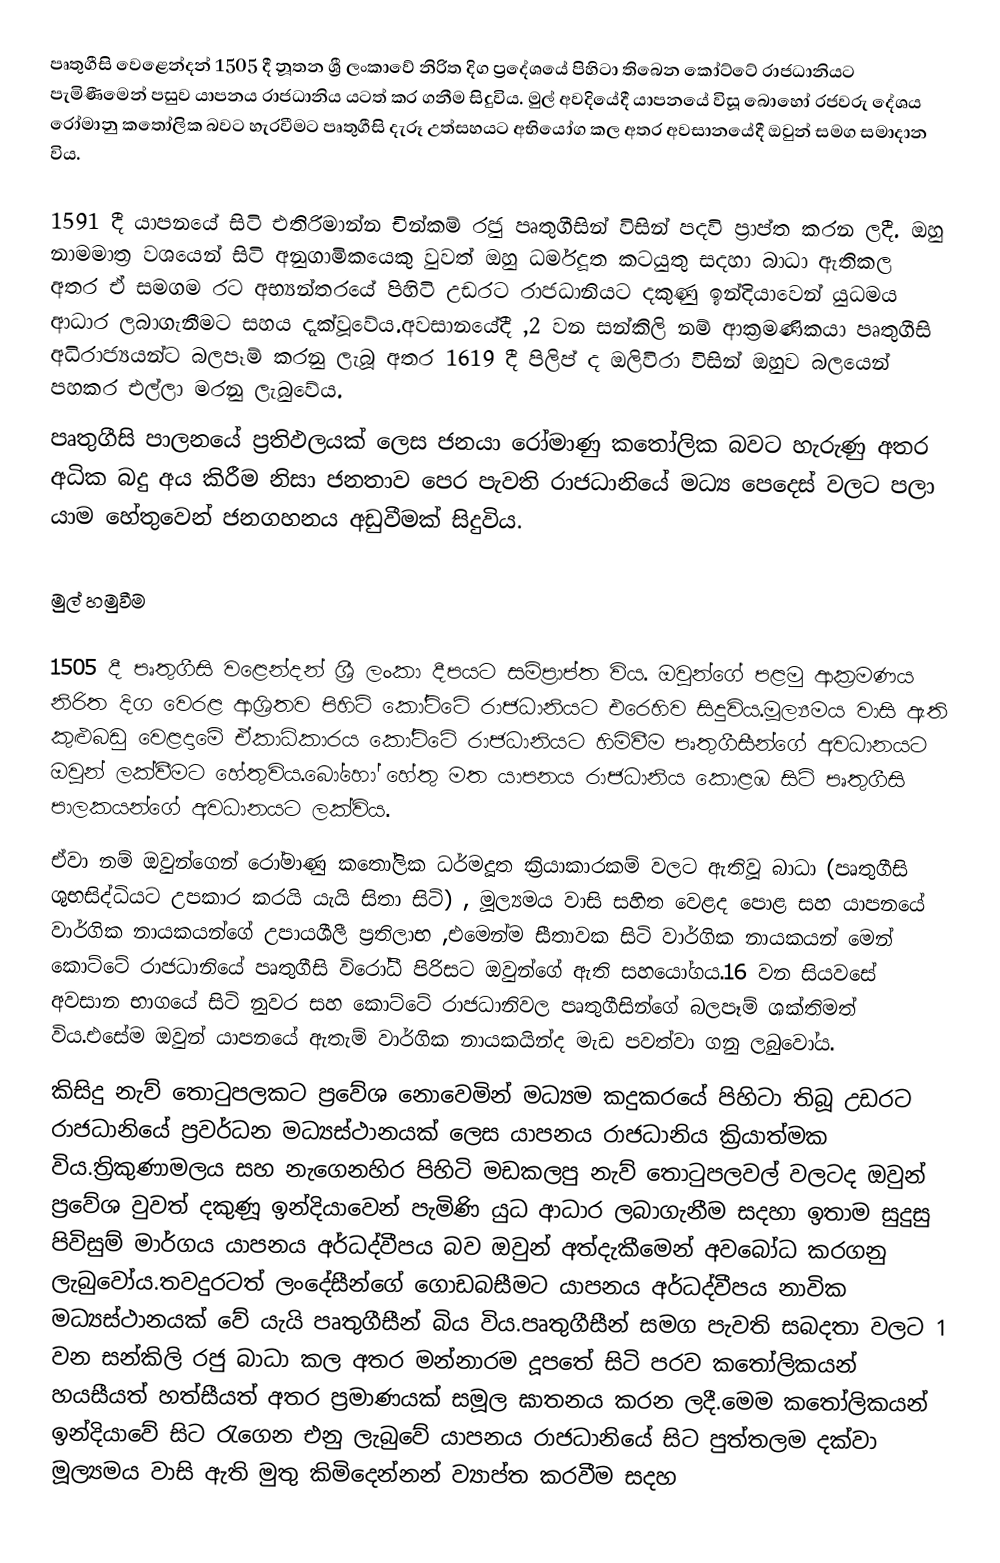
පෘතුගීසි  වෙළෙන්දන් 1505 දී නූතන ශ්‍රී  ලංකාවේ නිරිත දිග ප්‍රදේශයේ පිහිටා තිබෙන කෝට්ටේ රාජධානියට පැමිණීමෙන් පසුව යාපනය රාජධානිය  යටත් කර ගනීම සිදුවිය. මුල් අවදියේදී යාපනයේ විසූ බොහෝ රජවරු දේශය රෝමානු කතෝලික බවට හැරවීමට පෘතුගීසි දැරූ උත්සහයට අභියෝග කල අතර අවසානයේදී ඔවුන් සමග සමාදාන විය.

1591 දී යාපනයේ සිටි එතිරිමාන්න චින්කම් රජු පෘතුගීසින් විසින් පදවි ප්‍රාප්ත කරන ලදී. ඔහු නාමමාත්‍ර වශයෙන් සිටි අනුගාමිකයෙකු වුවත් ඔහු ධර්මදූත කටයුතු සදහා බාධා ඇතිකල අතර ඒ සමගම රට අභ්‍යන්තරයේ පිහිටි  උඩරට රාජධානියට දකුණු ඉන්දියාවෙන් යුධමය ආධාර ලබාගැනීමට සහය දැක්වූවේය.අවසානයේදී ,2 වන සන්කිලි නම් ආක්‍රමණිකයා  පෘතුගීසි අධිරාජ්‍යයන්ට බලපෑම් කරනු ලැබූ අතර 1619 දී පිලිප් ද ඔලිවිරා විසින් ඔහුව බලයෙන් පහකර එල්ලා මරනු ලැබුවේය.
පෘතුගීසි පාලනයේ ප්‍රතිඵලයක් ලෙස ජනයා රෝමාණු කතෝලික බවට හැරුණු අතර අධික බදු අය කිරීම නිසා ජනතාව පෙර පැවති රාජධානියේ මධ්‍ය පෙදෙස් වලට පලා යාම හේතුවෙන් ජනගහනය අඩුවීමක් සිදුවිය.

මුල් හමුවීම

1505 දී පෘතුගීසි වළෙන්දන් ශ්‍රී  ලංකා දීපයට සම්ප්‍රාප්ත විය. ඔවුන්ගේ පළමු ආක්‍රමණය නිරිත දිග වෙරළ ආශ්‍රිතව පිහිටි කෝට්ටේ රාජධානියට එරෙහිව සිදුවිය.මූල්‍යමය වාසි ඇති කුළුබඩු වෙළදාමේ ඒකාධිකාරය කෝට්ටේ රාජධානියට හිමිවීම පෘතුගීසීන්ගේ අවධානයට ඔවුන් ලක්වීමට හේතුවිය.බෝහෝ හේතු මත යාපනය රාජධානිය කොළඹ සිටි පෘතුගීසි පාලකයන්ගේ අවධානයට ලක්විය.
ඒවා නම් ඔවුන්ගෙන් රෝමාණු කතෝලික ධර්මදූත ක්‍රියාකාරකම් වලට ඇතිවූ බාධා (පෘතුගීසි ශුභසිද්ධියට උපකාර කරයි යැයි සිතා සිටි) , මූල්‍යමය වාසි සහිත වෙළද පොළ සහ යාපනයේ වාර්ගික නායකයන්ගේ උපායශීලී ප්‍රතිලාභ ,එමෙන්ම සීතාවක සිටි වාර්ගික නායකයන් මෙන් කොට්ටේ රාජධානියේ පෘතුගීසි විරෝධී පිරිසට ඔවුන්ගේ ඇති සහයෝගය.16 වන සියවසේ අවසාන භාගයේ සිටි නුවර සහ කොට්ටේ රාජධානිවල  පෘතුගීසින්ගේ බලපෑම් ශක්තිමත් විය.එසේම ඔවුන් යාපනයේ ඇතැම් වාර්ගික නායකයින්ද මැඩ පවත්වා ගනු ලබුවෝය.
කිසිදු නැව් තොටුපලකට  ප්‍රවේශ නොවෙමින් මධ්‍යම කදුකරයේ පිහිටා තිබූ උඩරට රාජධානියේ ප්‍රවර්ධන මධ්‍යස්ථානයක් ලෙස යාපනය රාජධානිය ක්‍රියාත්මක විය.ත්‍රිකුණාමලය සහ නැගෙනහිර පිහිටි මඩකලපු නැව් තොටුපලවල් වලටද ඔවුන් ප්‍රවේශ වුවත් දකුණූ ඉන්දියාවෙන් පැමිණි යුධ ආධාර ලබාගැනීම සදහා ඉතාම සුදුසු පිවිසුම් මාර්ගය යාපනය අර්ධද්වීපය බව ඔවුන් අත්දැකීමෙන් අවබෝධ කරගනු ලැබුවෝය.තවදුරටත් ලංදේසීන්ගේ ගොඩබසීමට යාපනය අර්ධද්වීපය නාවික මධ්‍යස්ථානයක් වේ යැයි පෘතුගීසීන් බිය විය.පෘතුගීසීන් සමග පැවති සබදතා වලට 1 වන සන්කිලි රජු බාධා කල අතර මන්නාරම දූපතේ සිටි පරව කතෝලිකයන් හයසීයත් හත්සීයත් අතර ප්‍රමාණයක් සමූල ඝාතනය කරන ලදී.මෙම කතෝලිකයන් ඉන්දියාවේ සිට රැගෙන එනු ලැබුවේ යාපනය   රාජධානියේ සිට පුත්තලම දක්වා මූල්‍යමය වාසි ඇති මුතු කිමිදෙන්නන් ව්‍යාප්ත කරවීම සදහ